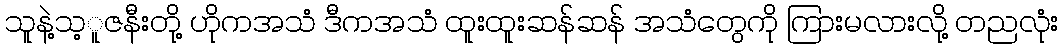
သူနဲ့သ့ူဇနီးတို့ ဟိုကအသံ ဒီကအသံ ထူးထူးဆန်ဆန် အသံတွေကို ကြားမလားလို့ တညလုံး